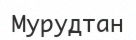
Мурудтан